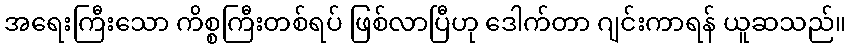
အရေးကြီးသော ကိစ္စကြီးတစ်ရပ် ဖြစ်လာပြီဟု ဒေါက်တာ ဂျင်းကာရန် ယူဆသည်။